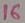
Text: 16